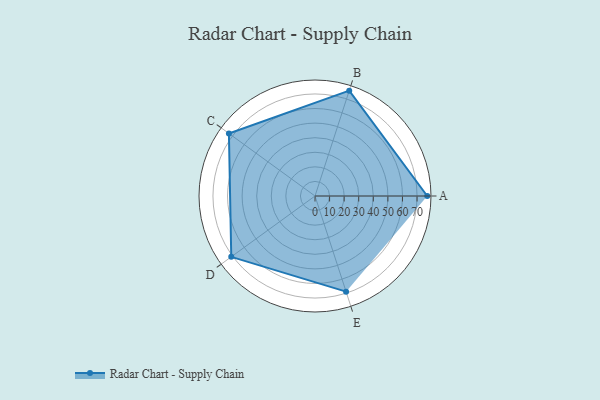
{"axis": {"x": "Skill", "y": "Score"}, "legend": ["Profile"], "data": [{"x": "A", "y": 77.0, "type": "Profile"}, {"x": "B", "y": 76.0, "type": "Profile"}, {"x": "C", "y": 73.0, "type": "Profile"}, {"x": "D", "y": 71.0, "type": "Profile"}, {"x": "E", "y": 69.0, "type": "Profile"}]}